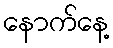
နောက်နေ့